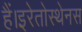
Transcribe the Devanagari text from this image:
हैं।इरेतोस्थेनस